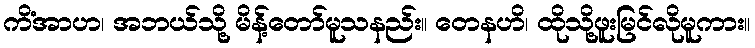
ကိံအာဟ၊ အဘယ်သို့ မိန့်တော်မူသနည်း။ တေနဟိ၊ ထိုသို့ဖူးမြင်လိုမူကား။